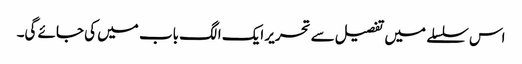
اس سلسلے میں تفصیل سے تحریر ایک الگ باب میں کی جائے گی۔